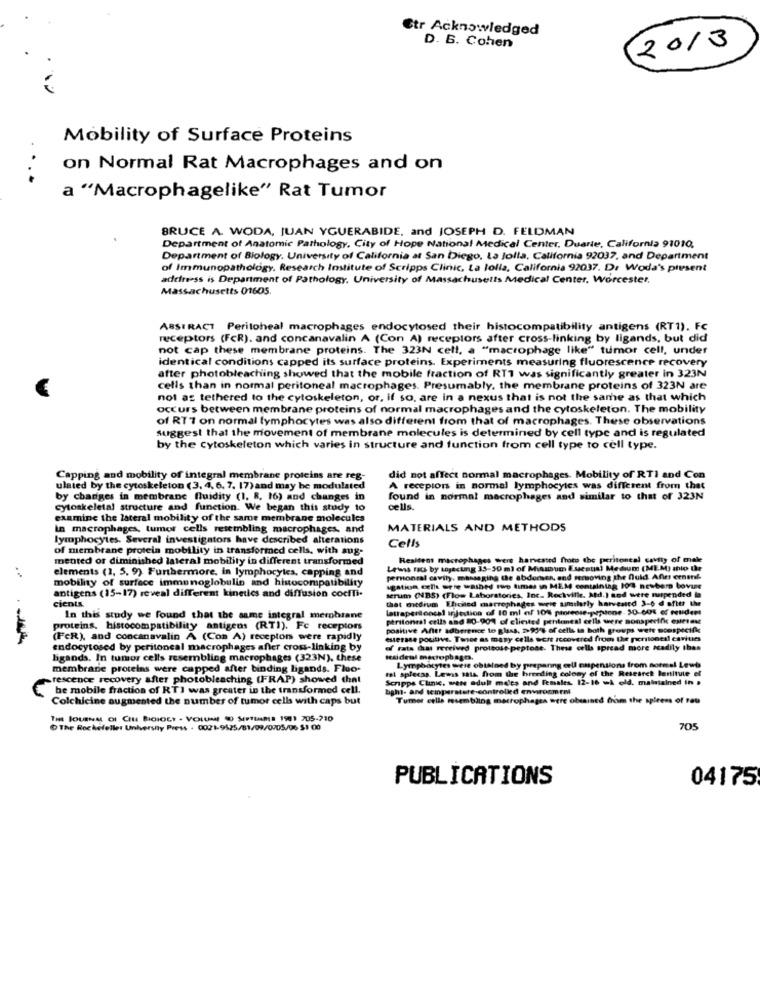
Ctr Acknowledged
D. B. Cohen
2013
Mobility of Surface Proteins
. ..
on Normal Rat Macrophages and on
a "Macrophagelike" Rat Tumor
BRUCE A. WODA, JUAN YGUERABIDE, and JOSEPH D. FELDMAN
Department of Anatomic Pathology, City of Hope National Medical Center, Duarte, California 91010.
Department of Biology, University of California at San Diego, La Jolla, California 92037, and Department
of Immunopathology. Research Institute of Scripps Clinic, La Jolla, California 92037. D: Woda's present
address is Department of Pathology, University of Massachusetts Medical Center, Worcester,
Massachusetts 01605.
ABSTRACT Peritoheal macrophages endocytosed their histocompatibility antigens (RT1). Fc
receptors (FcR). and concanavalin A (Con A) receptors after cross-linking by ligands, but did
not cap these membrane proteins. The 323N cell, a "macrophage like" tumor cell, under
identical conditions capped its surface proteins. Experiments measuring fluorescence recovery
after photobleaching showed that the mobile fraction of RT1 was significantly greater in 323N
cells than in normal peritoneal macrophages. Presumably, the membrane proteins of 323N are
not as tethered to the cytoskeleton, or, if so, are in a nexus that is not the same as that which
occurs between membrane proteins of normal macrophages and the cytoskeleton. The mobility
of RT7 on normal lymphocytes was also different from that of macrophages. These observations
suggest that the movement of membrane molecules is determined by cell type and is regulated
by the cytoskeleton which varies in structure and function from cell type to cell type.
Capping and mobility of integral membrane proteins are reg-
did not affect normal macrophages. Mobility of RTI and Con
ulated by the cytoskeleton (3, 4, 6. 7. 17) and may be modulated
A recepions in normal lymphocytes was different from that
by charges in membrane fluidity (1. 8. 16) and changes in
found in normal macrophages and similar to that of 323N
cytoskeletal structure and function. We began this study to
cells.
examine the lateral mobility of the same membrane molecules
in macrophages, tumor cells resembling macrophages, and
MATERIALS AND METHODS
lymphocytes. Several investigators have described alterations
Cells
of membrane protein mobility in transformed cells, with aug-
mented or diminished lateral mobility in different transformed
Resident macrophages wers harvested froto the peritoneal cavity of male
elements (1, 5. 9). Furthermore, in lymphocytes, capping and
Le'was rats by tojecuung 35-30 ml of Missum Esseaus) Medium (MEM) ship the
mobility of surface immunoglobulin and histocompatibility
personral cavily. massaging the abdorsen, and removing the fuld. After ernant
antigens (15-17) reveal different kinetics and diffusion cociTi-
agation cells were washed two times in MEM containing 100 newbern bovue
cients.
that medium Efoiled macrophages worte similarly harvested 3-6 d ofits the
serum (NBS) (Flow Laboratories, Inc. Rockville, Atd.) and were nupended la
latrapertoncal injection of 10 ml of 10% proreose-pepitone. 50-60% of prudent
In this study we found that the same integral membrane
peritoneal cells and 80-90% of cliented pthlaneal cells were sonspecific esttien
proteins. histocompatibility antigens (RTI). Fc receptors
positive Antt adherence to glass, >93% of cells in both groups wett soespecifk
(FcR), and concanavalin A (Con A) receptors were rapidly
esterase positive. Twee as many cells were recovered from the persiones! cariues
endocytosed by peritoneal macrophages affer cross-linking by
of rats dans received prottose-peptose. These cells spread more radily thas
ligands. In tumor cells resembling macrophages (323N), these
membrane proteins were capped after binding ligands. Fluo-
tal splecas. Lewis mais from the breeding colony of the Research Benitute el
Lymphocytes were obtained by preparing cell suspensions from normal Lewis
rescence recovery after photobleaching (FRAP) showed that
Scripps Clinic, wene adull meles and Females. 12-16 wi eld. maisiained in »
be mobile fraction of RTI was greater in the transformed cell.
Light- and temperature-controlled envirocmret
Colchicine augmented the number of tumor cells with caps but
Tumor cells resembling macrophages were obtained from the spleens of rau
THE JOURNAL Of CIE BICIOLY . VOLUME () SEPTEMBER 1981 705-210
O The Rockefeller University Press . 0021-9525/81/09/0905/06 $1 00
705
PUBLICATIONS
04175